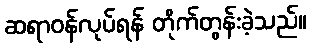
ဆရာဝန်လုပ်ရန် တိုက်တွန်းခဲ့သည်။